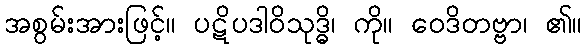
အစွမ်းအားဖြင့်။ ပဋိပဒါဝိသုဒ္ဓိ၊ ကို။ ဝေဒိတဗ္ဗာ၊ ၏။